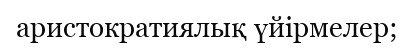
аристократиялық үйірмелер;